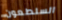
السلطعون